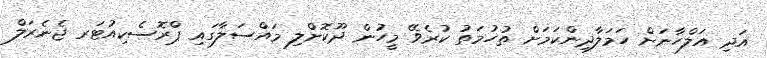
އަދި އަލްހާނަށް ހަމަލާދިންކަމަށް ތުހުމަތު ކުރެވޭ މީހުން ދޫކޮށްލި މައްސަލާގައި ޕްރޮސެކިއުޓަރ ޖެނެރަލް